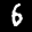
Label: 6